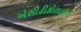
એસીટીકોલાઇન